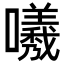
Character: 𭌟